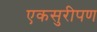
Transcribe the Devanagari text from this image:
एकसुरीपण